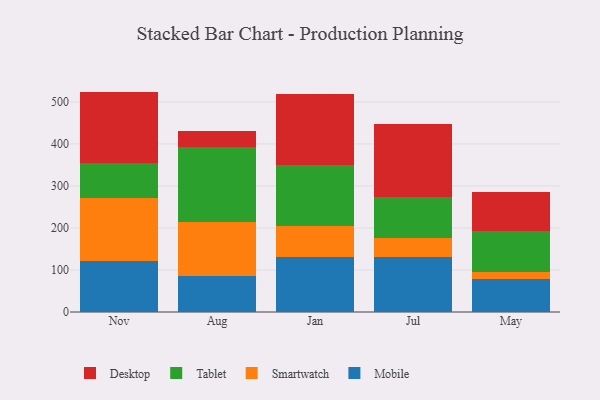
{"axis": {"x": "Month", "y": "Latency (ms)"}, "legend": ["Desktop", "Mobile", "Smartwatch", "Tablet"], "data": [{"x": "Nov", "y": 122.1, "type": "Mobile"}, {"x": "Nov", "y": 149.3, "type": "Smartwatch"}, {"x": "Nov", "y": 82.9, "type": "Tablet"}, {"x": "Nov", "y": 170.3, "type": "Desktop"}, {"x": "Aug", "y": 86.7, "type": "Mobile"}, {"x": "Aug", "y": 128.4, "type": "Smartwatch"}, {"x": "Aug", "y": 176.6, "type": "Tablet"}, {"x": "Aug", "y": 39.3, "type": "Desktop"}, {"x": "Jan", "y": 131.1, "type": "Mobile"}, {"x": "Jan", "y": 73.0, "type": "Smartwatch"}, {"x": "Jan", "y": 145.6, "type": "Tablet"}, {"x": "Jan", "y": 169.0, "type": "Desktop"}, {"x": "Jul", "y": 131.4, "type": "Mobile"}, {"x": "Jul", "y": 44.1, "type": "Smartwatch"}, {"x": "Jul", "y": 97.8, "type": "Tablet"}, {"x": "Jul", "y": 173.1, "type": "Desktop"}, {"x": "May", "y": 79.2, "type": "Mobile"}, {"x": "May", "y": 16.1, "type": "Smartwatch"}, {"x": "May", "y": 98.0, "type": "Tablet"}, {"x": "May", "y": 93.5, "type": "Desktop"}]}